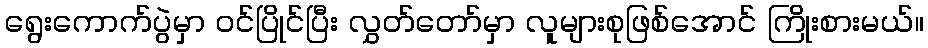
ရွေးကောက်ပွဲမှာ ဝင်ပြိုင်ပြီး လွှတ်တော်မှာ လူများစုဖြစ်အောင် ကြိုးစားမယ်။